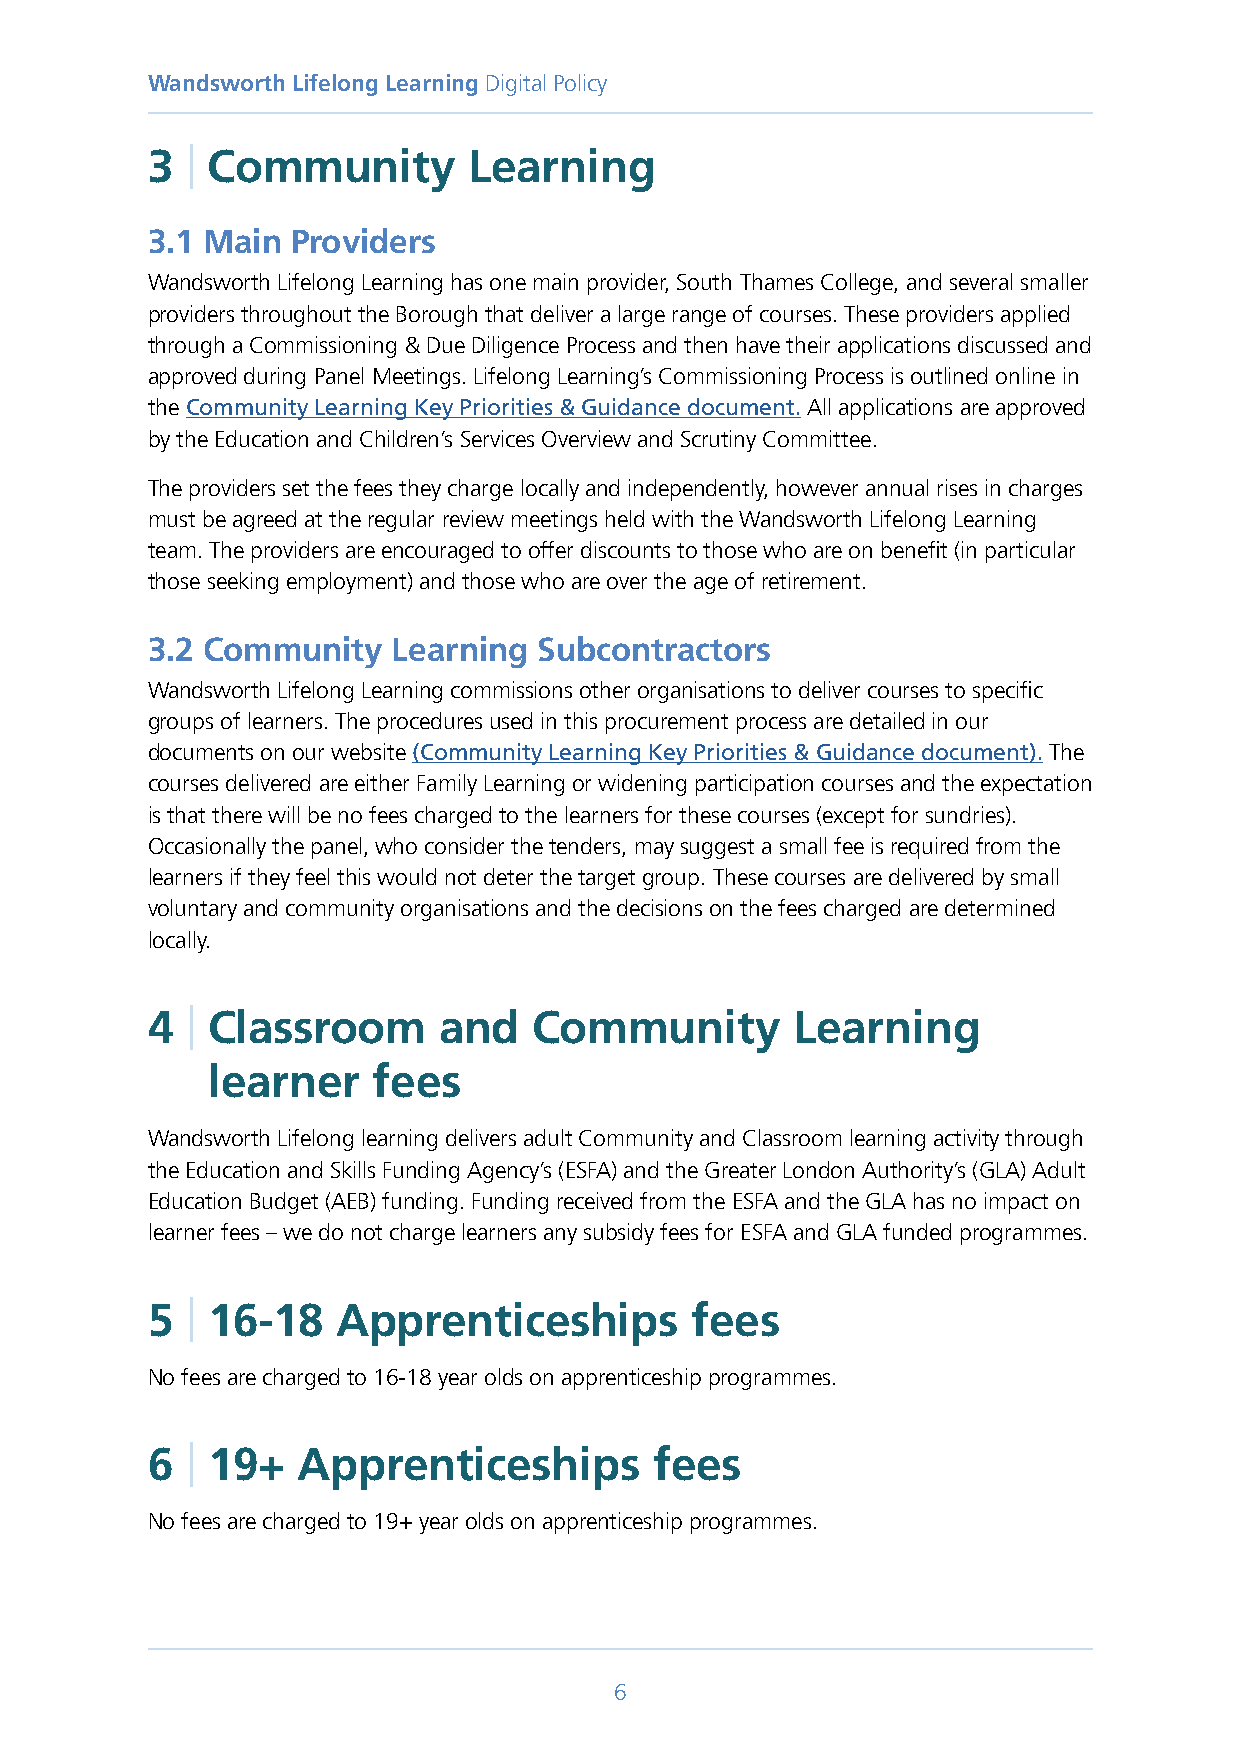
Wandsworth Lifelong Learning Digital Policy
 3 | Community        Learning
 3.1 Main Providers
 Wandsworth Lifelong Learning has one main provider, South Thames College, and several smaller
 providers throughout the Borough that deliver a large range of courses. These providers applied
 through a Commissioning & Due Diligence Process and then have their applications discussed and
 approved during Panel Meetings. Lifelong Learning’s Commissioning Process is outlined online in
 the Community Learning Key Priorities & Guidance document. All applications are approved
 by the Education and Children’s Services Overview and Scrutiny Committee.
 The providers set the fees they charge locally and independently, however annual rises in charges
 must be agreed at the regular review meetings held with the Wandsworth Lifelong Learning
 team. The providers are encouraged to offer discounts to those who are on benefit (in particular
 those seeking employment) and those who are over the age of retirement.
 3.2 Community   Learning  Subcontractors
 Wandsworth Lifelong Learning commissions other organisations to deliver courses to specific
 groups of learners. The procedures used in this procurement process are detailed in our
 documents on our website (Community Learning Key Priorities & Guidance document). The
 courses delivered are either Family Learning or widening participation courses and the expectation
 is that there will be no fees charged to the learners for these courses (except for sundries).
 Occasionally the panel, who consider the tenders, may suggest a small fee is required from the
 learners if they feel this would not deter the target group. These courses are delivered by small
 voluntary and community organisations and the decisions on the fees charged are determined
 locally.
 4 | C lassroom     and   Community        Learning
 learner    fees
 Wandsworth Lifelong learning delivers adult Community and Classroom learning activity through
 the Education and Skills Funding Agency’s (ESFA) and the Greater London Authority’s (GLA) Adult
 Education Budget (AEB) funding. Funding received from the ESFA and the GLA has no impact on
 learner fees – we do not charge learners any subsidy fees for ESFA and GLA funded programmes.
 5 | 16-18   Apprenticeships         fees
 No fees are charged to 16-18 year olds on apprenticeship programmes.
 6 | 19+   Apprenticeships        fees
 No fees are charged to 19+ year olds on apprenticeship programmes.
 6